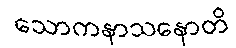
သောကနာသနောတိ